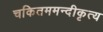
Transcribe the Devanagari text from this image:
चकितममन्दीकृत्य